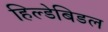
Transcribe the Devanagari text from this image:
हिल्डेबिडल